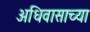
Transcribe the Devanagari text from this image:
अधिवासाच्या